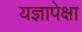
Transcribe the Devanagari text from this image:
यज्ञापेक्षा